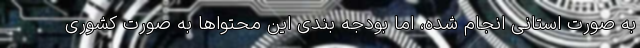
به صورت استانی انجام شده، اما بودجه بندی این محتواها به صورت کشوری